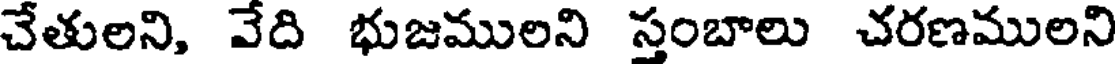
చేతులని, వేది భుజములని స్తంబాలు చరణములని